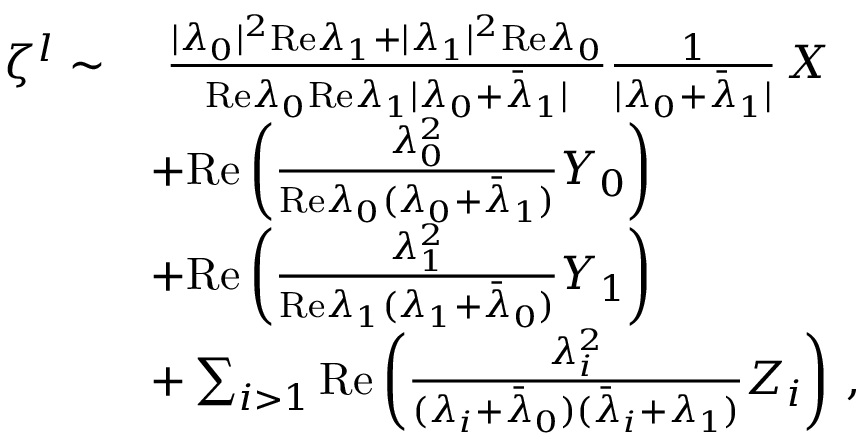
\begin{array} { r l } { \zeta ^ { l } \sim } & { ~ \frac { \vert \lambda _ { 0 } \vert ^ { 2 } \mathrm { R e } \lambda _ { 1 } + \vert \lambda _ { 1 } \vert ^ { 2 } \mathrm { R e } \lambda _ { 0 } } { \mathrm { R e } \lambda _ { 0 } \mathrm { R e } \lambda _ { 1 } \vert \lambda _ { 0 } + \bar { \lambda } _ { 1 } \vert } \frac { 1 } { \vert \lambda _ { 0 } + \bar { \lambda } _ { 1 } \vert } \, X } \\ & { + \mathrm { R e } \left( \frac { \lambda _ { 0 } ^ { 2 } } { \mathrm { R e } \lambda _ { 0 } ( \lambda _ { 0 } + \bar { \lambda } _ { 1 } ) } Y _ { 0 } \right) } \\ & { + \mathrm { R e } \left( \frac { \lambda _ { 1 } ^ { 2 } } { \mathrm { R e } \lambda _ { 1 } ( \lambda _ { 1 } + \bar { \lambda } _ { 0 } ) } Y _ { 1 } \right) } \\ & { + \sum _ { i > 1 } \mathrm { R e } \left( \frac { \lambda _ { i } ^ { 2 } } { ( \lambda _ { i } + \bar { \lambda } _ { 0 } ) ( \bar { \lambda } _ { i } + \lambda _ { 1 } ) } Z _ { i } \right) \, , } \end{array}